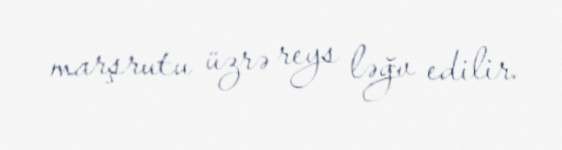
marşrutu üzrə reys ləğv edilir.